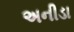
અનીડા